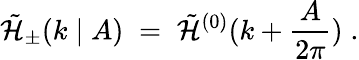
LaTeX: {\tilde{\cal H}}_{\pm}(k\mid A)\; =\; {\tilde{\cal H}}^{(0)}(k+\frac{A}{2\pi})\; .